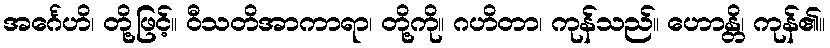
အင်္ဂေဟိ၊ တို့ဖြင့်။ ဝီသတိအာကာရာ၊ တို့ကို။ ဂဟိတာ၊ ကုန်သည်။ ဟောန္တိ၊ ကုန်၏။